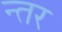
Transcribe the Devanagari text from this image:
न्तर